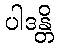
ပါဒန္တိ